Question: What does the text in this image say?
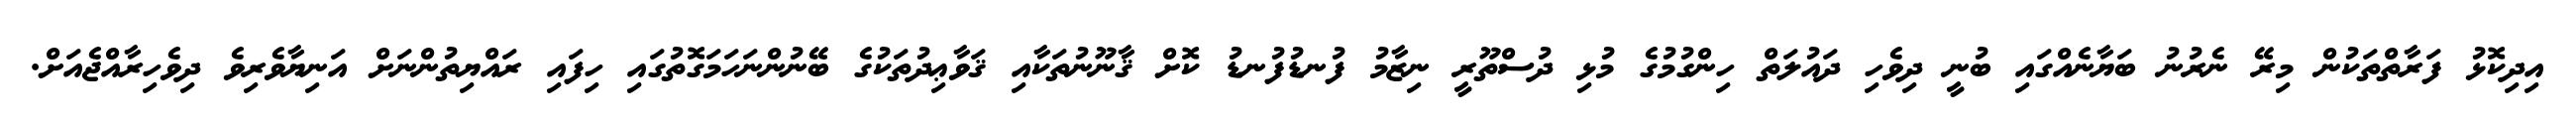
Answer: އިދިކޮޅު ފަރާތްތަކުން މިރޭ ނެރުނު ބަޔާނެއްގައި ބުނީ ދިވެހި ދައުލަތް ހިންގުމުގެ މުޅި ދުސްތޫރީ ނިޒާމު ފުނޑުފުނޑު ކޮށް ޤާނޫނުތަކާއި ޤަވާޢިދުތަކުގެ ބޭނުންނަހަމަގޮތުގައި ހިފައި ރައްޔިތުންނަށް އަނިޔާވެރިވެ ދިވެހިރާއްޖެއަށް.